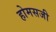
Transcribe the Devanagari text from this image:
होमसजी